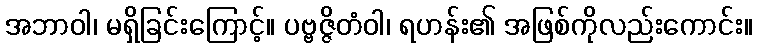
အဘာဝါ၊ မရှိခြင်းကြောင့်။ ပဗ္ဗဇ္ဇိတံဝါ၊ ရဟန်း၏ အဖြစ်ကိုလည်းကောင်း။